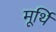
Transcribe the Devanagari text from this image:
मूर्थि